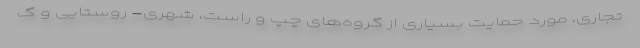
تجاری، مورد حمایت بسیاری از گروه‌های چپ و راست، شهری- روستایی و گ